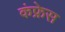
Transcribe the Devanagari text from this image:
कंफ्रेस